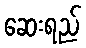
ဆေးရည်